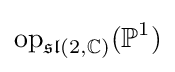
{\text{op}}_{{\mathfrak {sl}}(2,\mathbb {C} )}(\mathbb {P} ^{1})